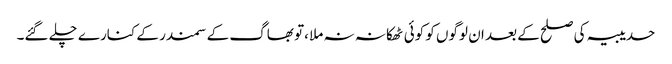
حدیبیہ کی صلح کے بعد ان لوگوں کو کوئی ٹھکانہ نہ ملا ،تو بھاگ کے سمندر کے کنارے چلے گئے۔